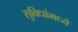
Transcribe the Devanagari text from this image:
सुविधांमध्ये